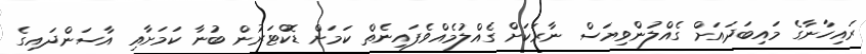
ރައިހާނާގެ މައިބަދައަށް ގެއްލުންވިޔަސް ނާރަކަށް ގެއްލުމެއްވެފައިނެތް ކަމަށް ޑޮކްޓަރުން ބުނާ ކަމަށާއި އާސަންދައިގެ